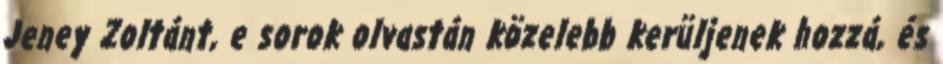
Jeney Zoltánt, e sorok olvastán közelebb kerüljenek hozzá, és